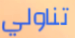
تناولي